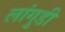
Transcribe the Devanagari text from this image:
लांगुडी